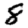
Digit: 8